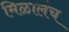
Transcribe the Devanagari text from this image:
मिळालंच